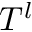
T ^ { l }